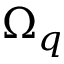
\Omega _ { q }